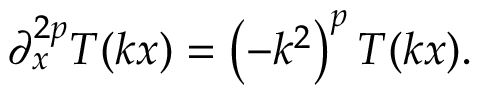
\partial _ { x } ^ { 2 p } T ( k x ) = \left( - k ^ { 2 } \right) ^ { p } T ( k x ) .